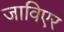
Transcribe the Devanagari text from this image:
जाविएर